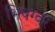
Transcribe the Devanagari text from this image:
भिषग्वर